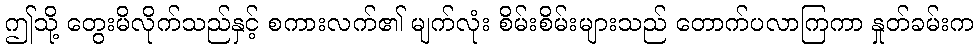
ဤသို့ တွေးမိလိုက်သည်နှင့် စကားလက်၏ မျက်လုံး စိမ်းစိမ်းများသည် တောက်ပလာကြကာ နှုတ်ခမ်းက